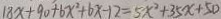
1 8 x + 9 0 + 6 x ^ { 2 } + 6 x - 1 2 = 5 x ^ { 2 } + 3 5 x + 5 0